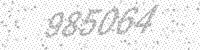
Solution: 985064